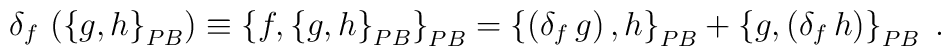
\delta_{f}\,\left(  \left\{  g,h\right\}  _{{\footnotesize PB}}\right)\equiv\left\{  f,\left\{  g,h\right\}  _{{\footnotesize PB}}\right\}_{{\footnotesize PB}}=\left\{  \left(  \delta_{f}\,g\right)  ,h\right\}_{{\footnotesize PB}}+\left\{  g,\left(  \delta_{f}\,h\right)  \right\}_{{\footnotesize PB}}\;.